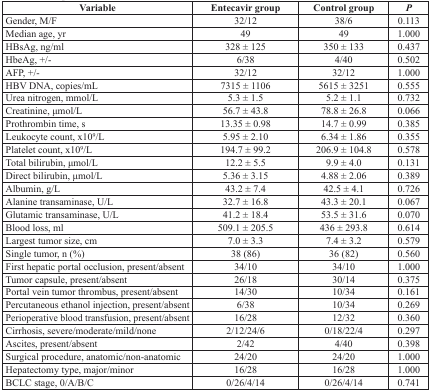
<table><thead><tr><td><b>Variable</b></td><td><b>Entecavir group</b></td><td><b>Control group</b></td><td><b><i>P</i></b></td></tr></thead><tbody><tr><td>Gender, M/F</td><td>32/12</td><td>38/6</td><td>0.113</td></tr><tr><td>Median age, yr</td><td>49</td><td>49</td><td>1.000</td></tr><tr><td>HBsAg, ng/ml</td><td>328 ± 125</td><td>350 ± 133</td><td>0.437</td></tr><tr><td>HbeAg, +/-</td><td>6/38</td><td>4/40</td><td>0.502</td></tr><tr><td>AFP, +/-</td><td>32/12</td><td>32/12</td><td>1.000</td></tr><tr><td>HBV DNA, copies/mL</td><td>7315 ± 1106</td><td>5615 ± 3251</td><td>0.555</td></tr><tr><td>Urea nitrogen, mmol/L</td><td>5.3 ± 1.5</td><td>5.2 ± 1.1</td><td>0.732</td></tr><tr><td>Creatinine, μmol/L</td><td>56.7 ± 43.8</td><td>78.8 ± 26.8</td><td>0.066</td></tr><tr><td>Prothrombin time, s</td><td>13.35 ± 0.98</td><td>14.7 ± 0.99</td><td>0.385</td></tr><tr><td>Leukocyte count, x10<sup>9</sup>/L</td><td>5.95 ± 2.10</td><td>6.34 ± 1.86</td><td>0.355</td></tr><tr><td>Platelet count, x10<sup>9</sup>/L</td><td>194.7 ± 99.2</td><td>206.9 ± 104.8</td><td>0.578</td></tr><tr><td>Total bilirubin, μmol/L</td><td>12.2 ± 5.5</td><td>9.9 ± 4.0</td><td>0.131</td></tr><tr><td>Direct bilirubin, μmol/L</td><td>5.36 ± 3.15</td><td>4.88 ± 2.06</td><td>0.389</td></tr><tr><td>Albumin, g/L</td><td>43.2 ± 7.4</td><td>42.5 ± 4.1</td><td>0.726</td></tr><tr><td>Alanine transaminase, U/L</td><td>32.7 ± 16.8</td><td>43.3 ± 20.1</td><td>0.067</td></tr><tr><td>Glutamic transaminase, U/L</td><td>41.2 ± 18.4</td><td>53.5 ± 31.6</td><td>0.070</td></tr><tr><td>Blood loss, ml</td><td>509.1 ± 205.5</td><td>436 ± 293.8</td><td>0.614</td></tr><tr><td>Largest tumor size, cm</td><td>7.0 ± 3.3</td><td>7.4 ± 3.2</td><td>0.579</td></tr><tr><td>Single tumor, n (%)</td><td>38 (86)</td><td>36 (82)</td><td>0.560</td></tr><tr><td>First hepatic portal occlusion, present/absent</td><td>34/10</td><td>34/10</td><td>1.000</td></tr><tr><td>Tumor capsule, present/absent</td><td>26/18</td><td>30/14</td><td>0.375</td></tr><tr><td>Portal vein tumor thrombus, present/absent</td><td>14/30</td><td>10/34</td><td>0.161</td></tr><tr><td>Percutaneous ethanol injection, present/absent</td><td>6/38</td><td>10/34</td><td>0.269</td></tr><tr><td>Perioperative blood transfusion, present/absent</td><td>16/28</td><td>12/32</td><td>0.360</td></tr><tr><td>Cirrhosis, severe/moderate/mild/none</td><td>2/12/24/6</td><td>0/18/22/4</td><td>0.297</td></tr><tr><td>Ascites, present/absent</td><td>2/42</td><td>4/40</td><td>0.398</td></tr><tr><td>Surgical procedure, anatomic/non-anatomic</td><td>24/20</td><td>24/20</td><td>1.000</td></tr><tr><td>Hepatectomy type, major/minor</td><td>16/28</td><td>16/28</td><td>1.000</td></tr><tr><td>BCLC stage, 0/A/B/C</td><td>0/26/4/14</td><td>0/26/4/14</td><td>0.741</td></tr></tbody></table>